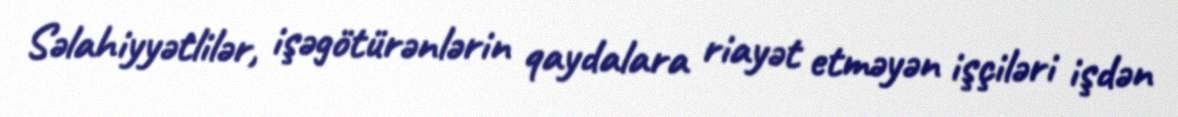
Səlahiyyətlilər, işəgötürənlərin qaydalara riayət etməyən işçiləri işdən